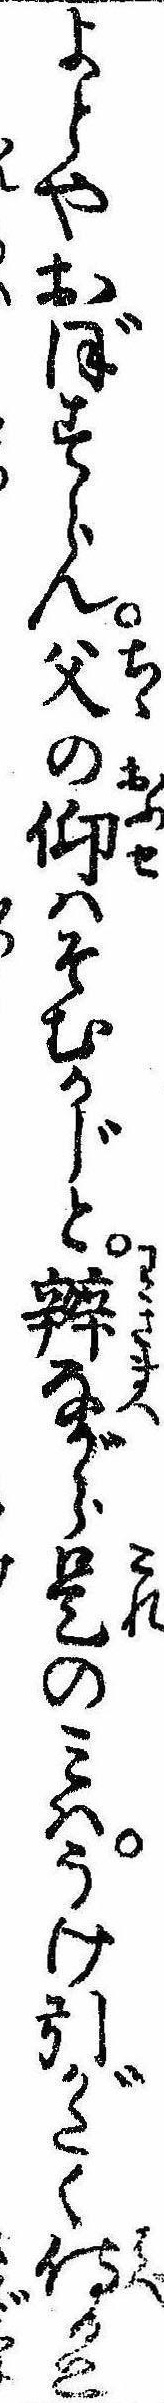
よとやおぼすらん父の仰はそむかじと弁ながら是のみはうけ引がたく侍ると